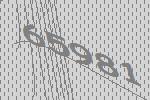
65981